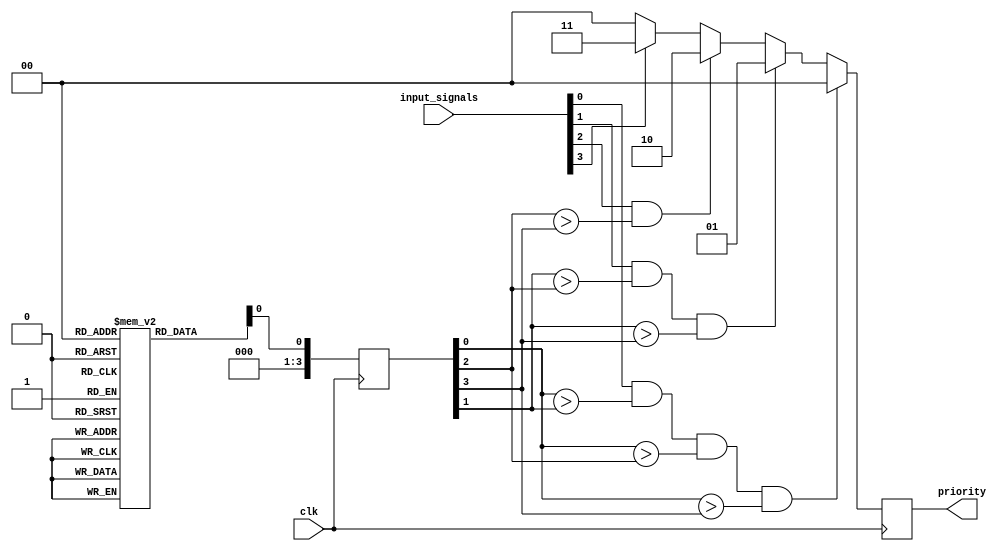
module weighted_arbiter (
  input wire clk,
  input wire [3:0] input_signals,
  output reg [1:0] priority
);

reg [1:0] weights [3:0];
reg [3:0] scaled_weights;

always @ (posedge clk) begin
  scaled_weights[3] <= weights[3] << 3;
  scaled_weights[2] <= weights[2] << 2;
  scaled_weights[1] <= weights[1] << 1;
  scaled_weights[0] <= weights[0];
  
  priority <= 2'b00;
  if (input_signals[0] && scaled_weights[0] > scaled_weights[1] && scaled_weights[0] > scaled_weights[2] && scaled_weights[0] > scaled_weights[3])
    priority <= 2'b00;
  else if (input_signals[1] && scaled_weights[1] > scaled_weights[2] && scaled_weights[1] > scaled_weights[3])
    priority <= 2'b01;
  else if (input_signals[2] && scaled_weights[2] > scaled_weights[3])
    priority <= 2'b10;
  else if (input_signals[3])
    priority <= 2'b11;
end

endmodule